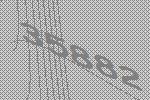
35882